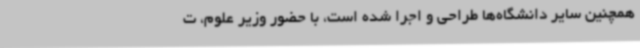
همچنین سایر دانشگاه‌ها طراحی و اجرا شده است، با حضور وزیر علوم، ت